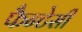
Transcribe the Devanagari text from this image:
फैन्टेसी